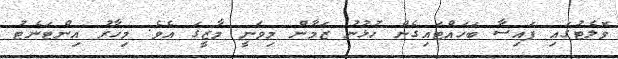
ވޮލެޓުގައި ފައިސާ ބަހައްޓައިގެން ހުޅުނު ޒަމާން މިވަނީ މާޒީގަ އެވެ. މިހާރު އިންޓަނެޓު